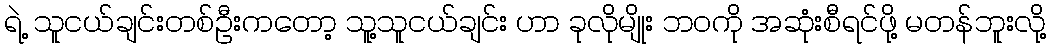
ရဲ့ သူငယ်ချင်းတစ်ဦးကတော့ သူ့သူငယ်ချင်း ဟာ ခုလိုမျိုး ဘဝကို အဆုံးစီရင်ဖို့ မတန်ဘူးလို့